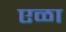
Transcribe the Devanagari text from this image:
एळा